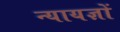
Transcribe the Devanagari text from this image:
न्यायज्ञों